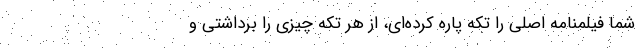
شما فیلمنامه اصلی را تکه پاره کرده‌ای، از هر تکه چیزی را برداشتی و